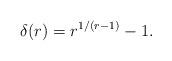
LaTeX: \begin{align*} \delta(r)= r^{1/(r - 1)} - 1.\end{align*}